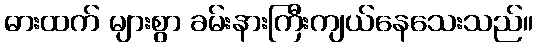
ဓားထက် များစွာ ခမ်းနားကြီးကျယ်နေသေးသည်။